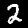
Label: 2